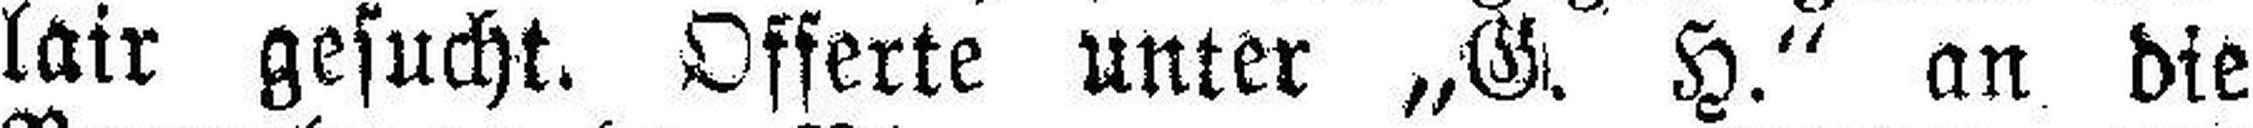
lair gesucht. Offerte unter „G. H.“ an die